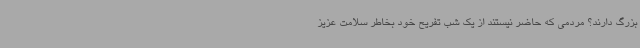
بزرگ دارند؟ مردمی که حاضر نیستند از یک شب تفریح خود بخاطر سلامت عزیز